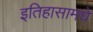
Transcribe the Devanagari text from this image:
इतिहासामधे